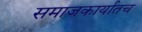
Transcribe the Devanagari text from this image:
समाजकार्यातच